Civil Veterinary Dept. Bombay admin report 1907-1913 - 1907-1913
Year: 1907
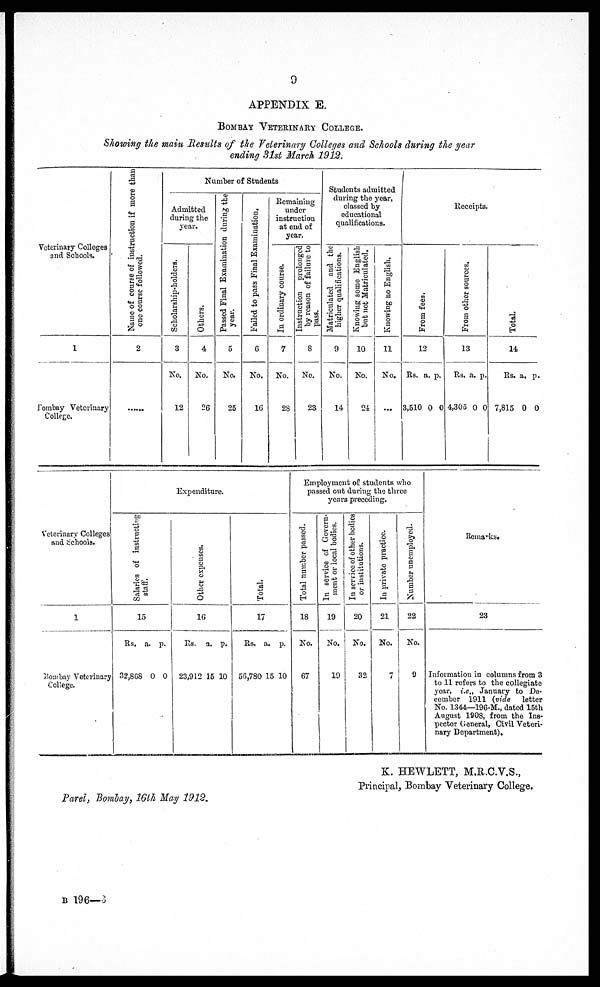
9
APPENDIX E.
BOMBAY VETERINARY COLLEGE.
Showing the main Results of the Veterinary Colleges and Schools during the year
ending 31st March 1912.
Veterinary Colleges
and Schools.
1
Bombay Veterinary
College.
Name of course of instruction if more than
one course followed.
2
......
Number of Students
Admitted
during the
year.
Scholarship-holders.
3
No.
12
Others.
4
No.
26
Passed Pinal Examination during the
year.
5
No.
25
Failed to pass Final Examination.
6
No.
16
Remaining
under
instruction
at end of
year.
In ordinary course.
7
No.
28
Instruction prolonged
by reason of failure to
pass.
8
No.
23
Students admitted
during the year,
classed by
educational
qualifications.
Matriculated and the
higher qualifications.
9
No.
14
Knowing some English
but not Matriculated.
10
No.
24
Knowing no English.
11
No.
...
Receipts.
From fees.
12
Rs. a. p.
3,510 0 0
From other sources.
13
Rs. a. p.
4,305 0 0
Total.
14
Rs. a, p.
7,815 0 0
Veterinary Colleges
and Schools.
1
Bombay Veterinary
College.
Expend
itur
e.
Salaries of instructing
staff.
15
Rs.
32,868
a.
0
p.
0
Ot her expenses.
16
Rs.
23,912
a.
15
p.
10
Total.
17
Rs.
56,780
a.
15
p.
10
Employment of students who
passed out during the three
years preceding.
Total number passed.
18
No.
67
In service of Govern-
ment or local bodies.
19
No.
19
In service of other bodies
or institutions.
20
No.
32
In private practice.
21
No.
7
Number unemployed.
22
No.
9
Remarks.
23
Information in columns from 3
to 11 refers to the collegiate
year, i.e., January to De-
cember 1911 (vide letter
No. 1344—196-M., dated 15th
August 1908, from the Ins-
pector General, Civil Veteri-
nary Department).
Parel, Bombay, 16th May 1912.
K. HEWLETT, M.R.C.V.S.,
Principal, Bombay Veterinary College.
B 196—3